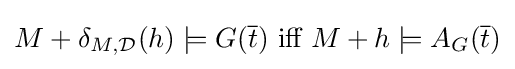
M+\delta _{M,{\mathcal {D}}}(h)\models G({\overline {t}}){\text{ iff }}M+h\models A_{G}({\overline {t}})